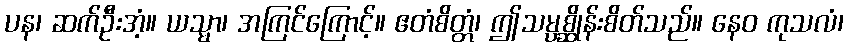
ပန၊ ဆက်ဦးအံ့။ ယသ္မာ၊ အကြင်ကြောင့်။ ဧတံစိတ္တံ၊ ဤသမ္ပစ္ဆိုန်းစိတ်သည်။ နေဝ ကုသလံ၊